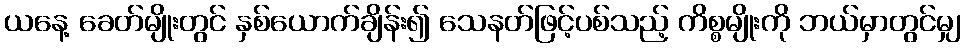
ယနေ့ ခေတ်မျိုးတွင် နှစ်ယောက်ချိန်း၍ သေနတ်ဖြင့်ပစ်သည့် ကိစ္စမျိုးကို ဘယ်မှာတွင်မျှ